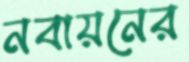
নবায়নের